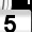
Digit: 5